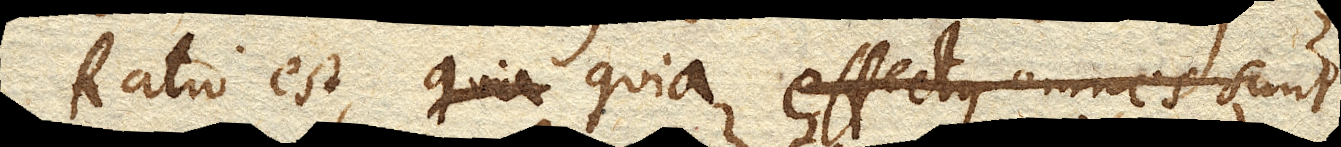
Ratio est, quia effectus omnes sunt